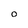
Character: 0